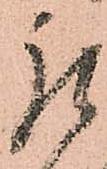
被